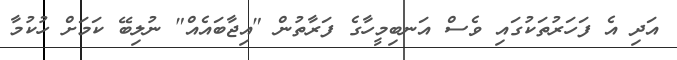
އަދި އެ ފަހަރުތަކުގައި ވެސް އަނބިމީހާގެ ފަރާތުން "އިޖާބައެއް" ނުލިބޭ ކަމަށް ހުކުމާ